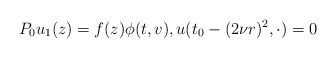
\begin{align*} P_0 u_1 (z)= f (z) \phi (t, v), u (t_0 - (2\nu r)^2, \cdot) = 0\end{align*}